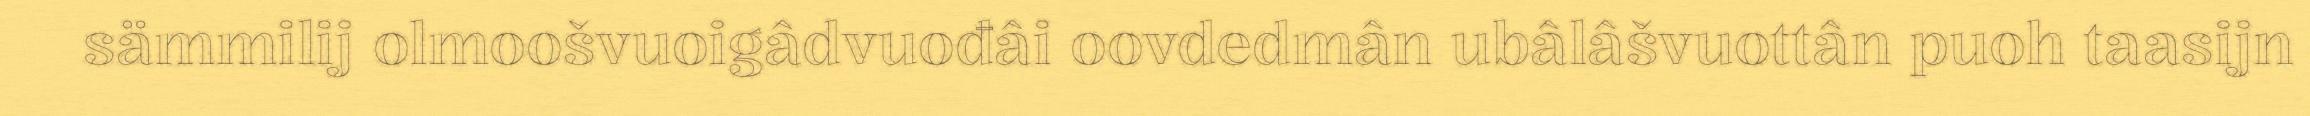
sämmilij olmoošvuoigâdvuođâi oovdedmân ubâlâšvuottân puoh taasijn